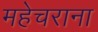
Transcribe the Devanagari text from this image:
महेचराना